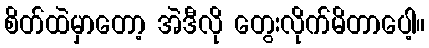
စိတ်ထဲမှာတော့ အဲဒီလို တွေးလိုက်မိတာပေါ့။